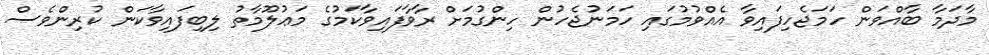
މާދަމާ ބާއްވަން ހަމަޖެހިފައިވާ އެއްވުމުގައި ހަމަނުޖެހުން ހިންގުމަށް ރާވާފައިވާކަމުގެ މަޢުލޫމާތު ލިބިފައިވާކަން ކުރިންވެސް